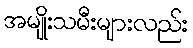
အမျိုးသမီးများလည်း